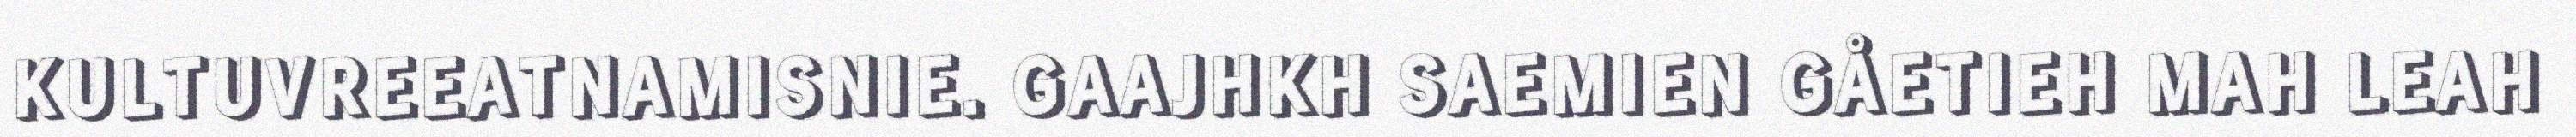
KULTUVREEATNAMISNIE. GAAJHKH SAEMIEN GÅETIEH MAH LEAH